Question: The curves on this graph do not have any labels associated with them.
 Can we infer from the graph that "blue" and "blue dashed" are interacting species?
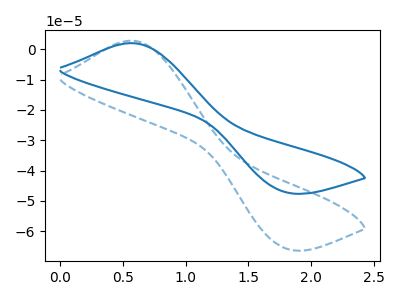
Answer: <think>The blue dashed curve "blue dashed" has an anodic peak at (0.55V, 2.85uA) and a cathodic peak at (1.80V, -65.55uA). The blue curve "blue" has an anodic peak at (0.55V, 2.05uA) and a cathodic peak at (1.80V, -47.05uA).
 All the peaks in "blue" have a peak in "blue dashed" at the same potential. Every peak in "blue" is lower than every peak in "blue dashed".</think>
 <answer>No, "blue" and "blue dashed" don't appear to be significantly different in shape</answer>
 <eval>no_change</eval>